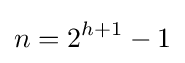
n=2^{h+1}-1